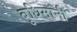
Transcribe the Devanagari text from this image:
बुधिमानी